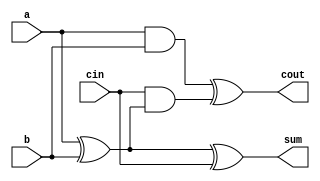
`timescale 1ns / 1ps
//////////////////////////////////////////////////////////////////////////////////
// Company: 
// Engineer: 
// 
// Design Name: 
// Module Name:    bit4Adder 
// Project Name: 
// Target Devices: 
// Tool versions: 
// Description: 
//
// Dependencies: 
//
// Revision: 
// Revision 0.01 - File Created
// Additional Comments: 
//
//////////////////////////////////////////////////////////////////////////////////
module bit1Adder(input wire a,input wire b,input wire cin,
						output wire cout,output wire sum);
	assign sum=a^b^cin;
	assign cout=(a&b)^cin&(a^b);
	
endmodule

module bit4Adder(input wire[3:0] A,input wire[3:0] B,
					output wire cout,output wire[3:0] S);
	wire c0,c1,c2;
	bit1Adder adder0(A[0],B[0],1'b0,c0,S[0]);
	bit1Adder adder1(A[1],B[1],c0,c1,S[1]);
	bit1Adder adder2(A[2],B[2],c1,c2,S[2]);
	bit1Adder adder3(A[3],B[3],c2,cout,S[3]);
endmodule